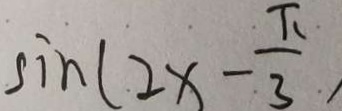
\sin ( 2 x - \frac { \pi } { 3 } )